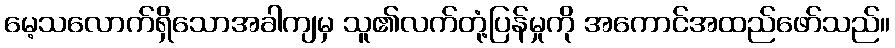
မေ့သလောက်ရှိသောအခါကျမှ သူ၏လက်တုံ့ပြန်မှုကို အကောင်အထည်ဖော်သည်။